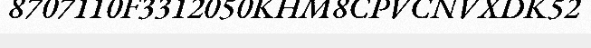
8707110F3312050KHM8CPVCNVXDK52